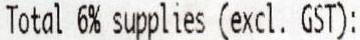
TOTAL 6% SUPPLIES (EXCL. GST):